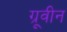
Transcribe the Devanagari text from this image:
ग्रूवीन